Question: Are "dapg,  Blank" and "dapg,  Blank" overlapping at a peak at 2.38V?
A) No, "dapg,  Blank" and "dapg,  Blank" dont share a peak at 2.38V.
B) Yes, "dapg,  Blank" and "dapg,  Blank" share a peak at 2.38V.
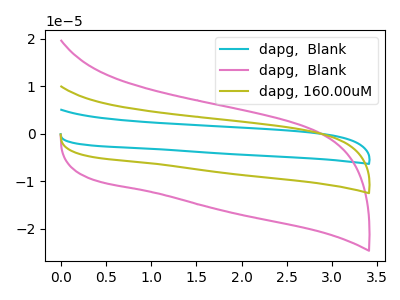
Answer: <think>The cyan curve "dapg,  Blank" has no peaks. The pink curve "dapg,  Blank" has no peaks. The olive curve "dapg, 160.00uM" has no peaks.</think>
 <answer>A) No, "dapg,  Blank" and "dapg,  Blank" dont share a peak at 2.38V.</answer>
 <eval>A</eval>